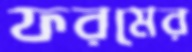
ফরমের